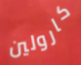
كارولين